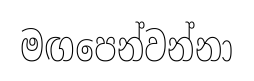
මඟපෙන්වන්නා